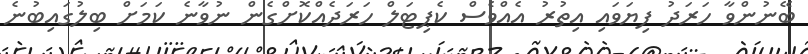
ބޭނުންވާ ހަރަދު ފިޔަވައި އިތުރު އެއްވެސް ކެޕިޓަލް ހަރަދެއްކޮށްގެން ނުވާނެ ކަމަށް ބިލުގައިބުނެ